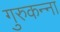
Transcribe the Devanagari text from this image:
गुरुकन्ना